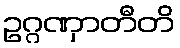
ဥဂ္ဂဏှာတီတိ